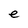
Character: e